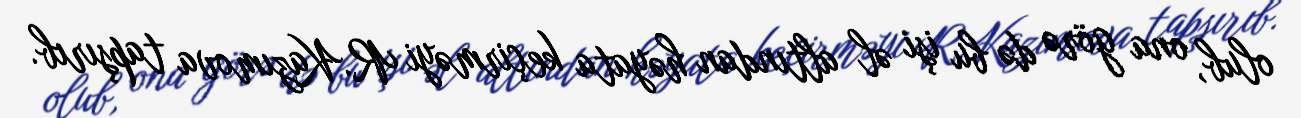
olub, ona görə də bu işi əl altından həyata keçirməyi R.Kazımova tapşırıb.